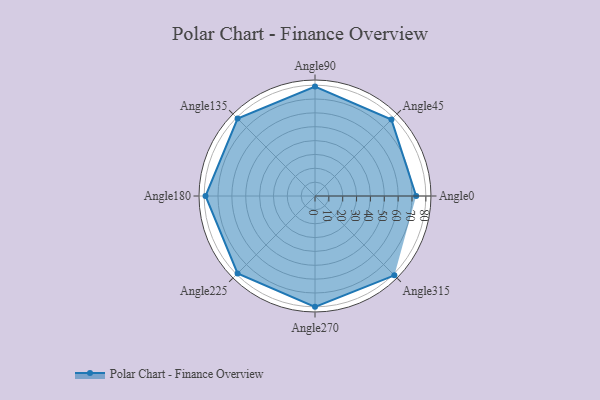
{"axis": {"x": "Angle", "y": "Radius"}, "legend": [""], "data": [{"x": "Angle0", "y": 73.0, "type": ""}, {"x": "Angle45", "y": 78.0, "type": ""}, {"x": "Angle90", "y": 79.0, "type": ""}, {"x": "Angle135", "y": 79.0, "type": ""}, {"x": "Angle180", "y": 79.0, "type": ""}, {"x": "Angle225", "y": 79.0, "type": ""}, {"x": "Angle270", "y": 80.0, "type": ""}, {"x": "Angle315", "y": 81.0, "type": ""}]}